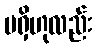
မရှိဟုလည်း